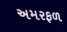
અમરફળ